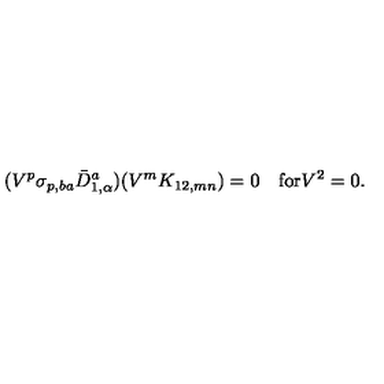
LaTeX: ( V ^ { p } \sigma _ { p , b a } \bar { D } _ { 1 , \alpha } ^ { a } ) ( V ^ { m } K _ { 1 2 , m n } ) = 0 \quad \mathrm { f o r } V ^ { 2 } = 0 .